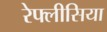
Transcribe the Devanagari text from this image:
रेफ्लीसिया